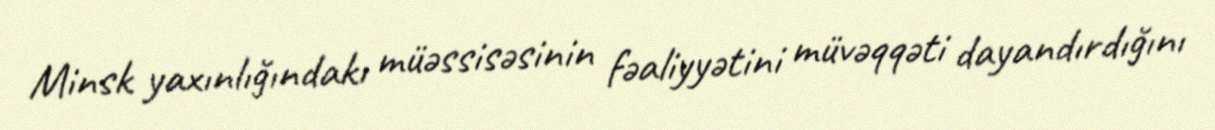
Minsk yaxınlığındakı müəssisəsinin fəaliyyətini müvəqqəti dayandırdığını